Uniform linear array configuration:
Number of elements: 24
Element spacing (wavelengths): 0.5
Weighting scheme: uniform
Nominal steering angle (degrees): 15
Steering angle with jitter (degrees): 15.648
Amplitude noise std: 0.05
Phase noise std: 0.05

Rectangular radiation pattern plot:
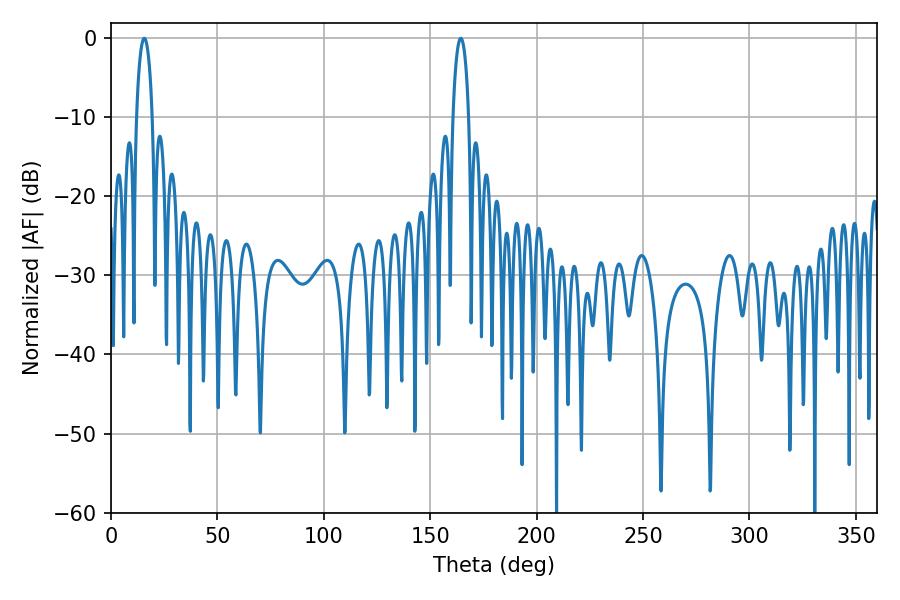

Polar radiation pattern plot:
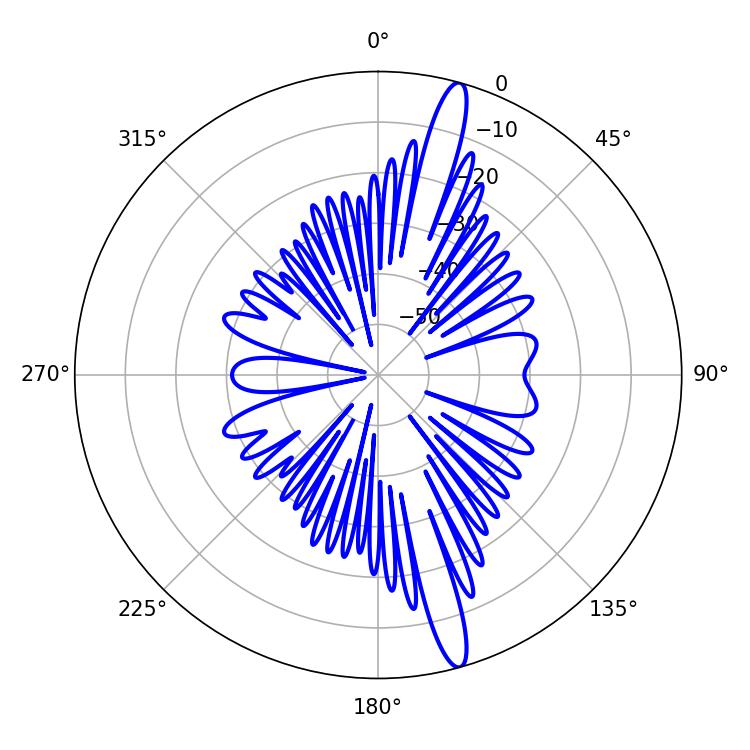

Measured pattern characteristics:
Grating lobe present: FALSE
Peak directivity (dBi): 16.326
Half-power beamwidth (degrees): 4.32
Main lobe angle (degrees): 15.66